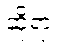
ဆိုရာ